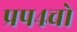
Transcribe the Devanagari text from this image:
प्रप४चो